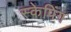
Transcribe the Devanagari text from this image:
स्केपिंग